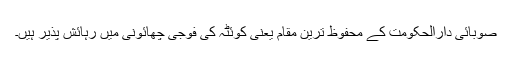
صوبائی دارالحکومت کے محفوظ ترین مقام یعنی کوئٹہ کی فوجی چھائونی میں رہائش پذیر ہیں۔